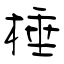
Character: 棰